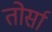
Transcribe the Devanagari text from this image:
तोर्सा